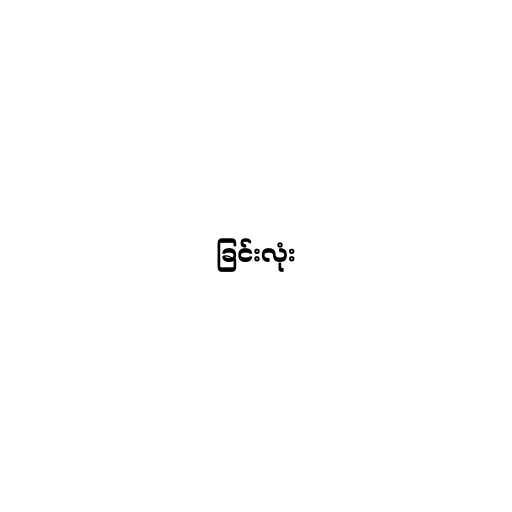
ခြင်းလုံး